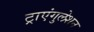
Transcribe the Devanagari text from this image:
ट्राएंगुलेशन